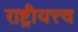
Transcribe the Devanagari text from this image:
राष्ट्रीयत्त्व